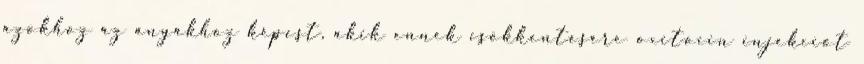
azokhoz az anyákhoz képest, akik ennek csökkentésére oxitocin injekciót